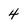
Character: 4